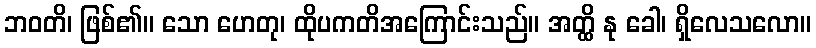
ဘဝတိ၊ ဖြစ်၏။ သော ဟေတု၊ ထိုပကတိအကြောင်းသည်။ အတ္ထိ နု ခေါ၊ ရှိလေသလော။